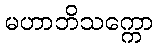
မဟာဘိသက္ကော